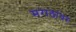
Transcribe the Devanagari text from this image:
मराठांवर